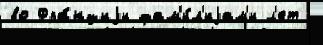
во Фра́нциjи фам'и́л'иjам'и л'ет